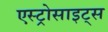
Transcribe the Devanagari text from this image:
एस्ट्रोसाइट्स